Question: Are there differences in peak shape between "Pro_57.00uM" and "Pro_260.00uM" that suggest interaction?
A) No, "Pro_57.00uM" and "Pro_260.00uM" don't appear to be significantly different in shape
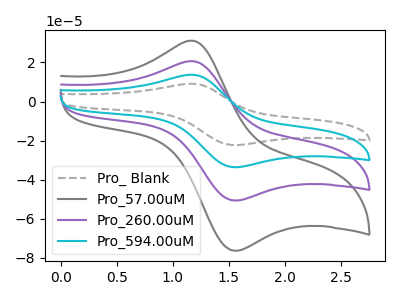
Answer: <think>The gray dashed curve "Pro_ Blank" has an anodic peak at (1.20V, 61.90uA) and a cathodic peak at (1.55V, -152.25uA). The gray curve "Pro_57.00uM" has an anodic peak at (1.20V, 31.10uA) and a cathodic peak at (1.55V, -76.50uA). The purple curve "Pro_260.00uM" has an anodic peak at (1.20V, 20.65uA) and a cathodic peak at (1.55V, -50.75uA). The cyan curve "Pro_594.00uM" has an anodic peak at (1.20V, 41.25uA) and a cathodic peak at (1.55V, -101.50uA).
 All the peaks in "Pro_57.00uM" have a peak in "Pro_260.00uM" at the same potential. Every peak in "Pro_57.00uM" is higher than every peak in "Pro_260.00uM".</think>
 <answer>A) No, "Pro_57.00uM" and "Pro_260.00uM" don't appear to be significantly different in shape</answer>
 <eval>A</eval>